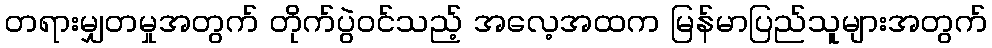
တရားမျှတမှုအတွက် တိုက်ပွဲဝင်သည့် အလေ့အထက မြန်မာပြည်သူများအတွက်